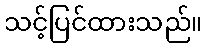
သင့်ပြင်ထားသည်။